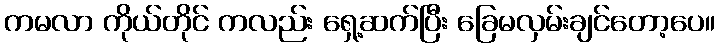
ကမလာ ကိုယ်တိုင် ကလည်း ရှေ့ဆက်ပြီး ခြေမလှမ်းချင်တော့ပေ။